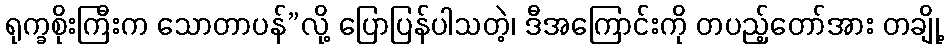
ရုက္ခစိုးကြီးက သောတာပန်”လို့ ပြောပြန်ပါသတဲ့၊ ဒီအကြောင်းကို တပည့်တော်အား တချို့